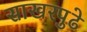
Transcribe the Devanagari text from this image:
साखरपुढे